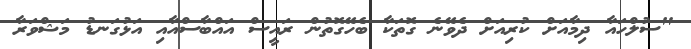
"ސުލްހައާ ދިމާއަށް ކުރިއަށް ދެވޭނެ ގޮތަކާ ބެހޭގޮތުން ރައީސް އައްބާސްއާއި އަޅުގަނޑު މަޝްވަރާ